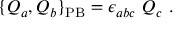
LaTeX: \{ Q _ { a } , Q _ { b } \} _ { \mathrm { P B } } = \epsilon _ { a b c } \ Q _ { c } \ .